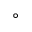
^ \circ